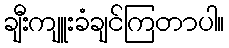
ချီးကျူးခံချင်ကြတာပါ။